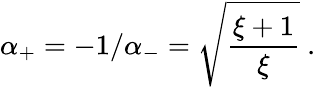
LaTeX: \alpha_{+}=-1/\alpha_{-}=\sqrt{\frac{\xi+1}{\xi}}\ .